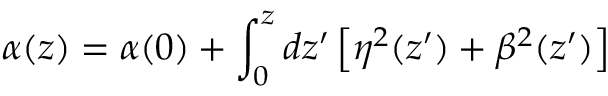
\alpha ( z ) = \alpha ( 0 ) + \int _ { 0 } ^ { z } d z ^ { \prime } \left[ \eta ^ { 2 } ( z ^ { \prime } ) + \beta ^ { 2 } ( z ^ { \prime } ) \right]